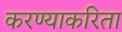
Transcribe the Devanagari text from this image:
करण्‍याकरिता